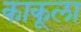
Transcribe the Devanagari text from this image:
काकूला